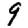
Digit: 9